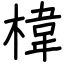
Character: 椲